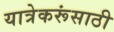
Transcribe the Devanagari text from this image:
यात्रेकरूंसाठी